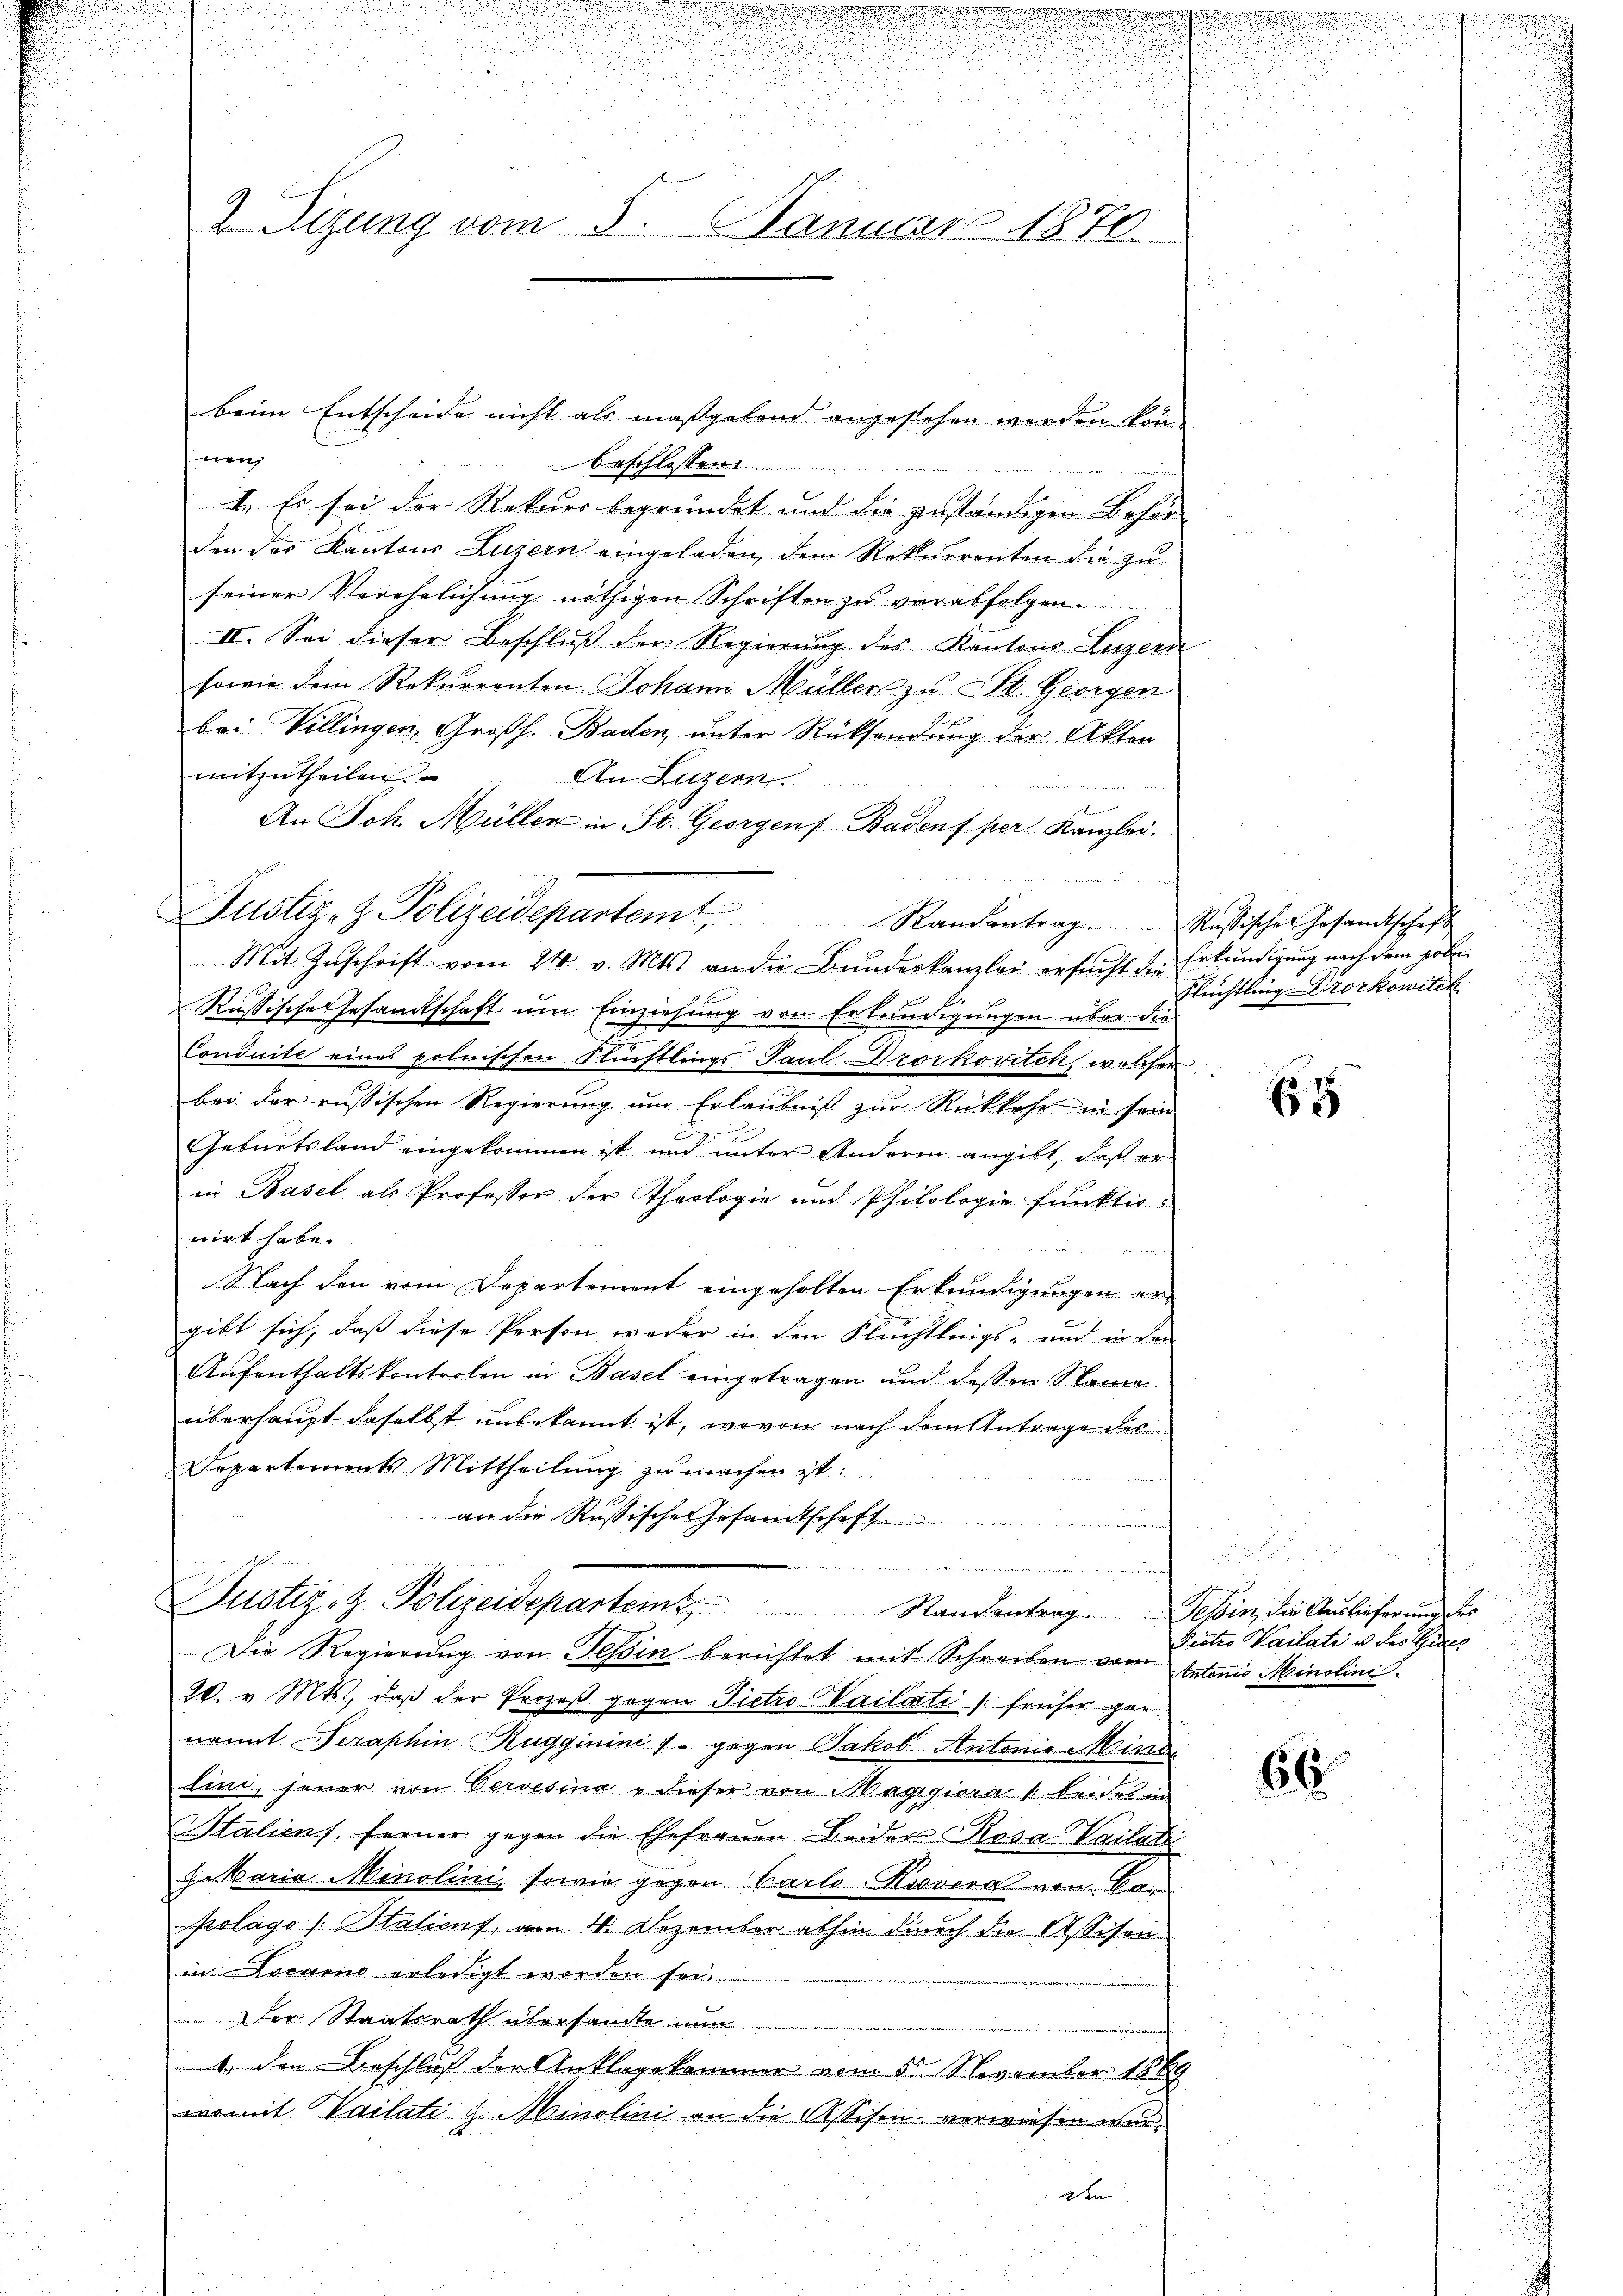
d

g
beschlossen:
I. Es sei der Rekurs begründet und die zuständigen Behörden das Kantons Luzern eingeladen, dem Rekurrenten die zu
seiner Verehrlichung nöthigen Schriften zu verabfolgen.
II. Sei dieser Beschluss der Regierung des Kantons Luzern
sowie dem Rekurrenten Johann Müller zu St. Georgen
bei Villingen, Großh. Baden, unter Rücksendung der Akten
mitzutheilen.
An Luzern

An Joh. Müller in St. Georgens Badens per Kanzlei.
Randantrag. Russischer Gesandtschaft
Mit Zuschrift vom 24. v. Mts. an die Bundeskanzlei ersucht der Erkundigung nach dem pol
Russische Gesamtschaft um Einziehung von Erkundigungen über die
Conduite eines polnischen Flüchtlings Paul Drorkovitch, welcher
bei der russischen Regierung um Erlaubniß zur Rückkehr in sein
Geburtsland eingekommen ist und unter Andern angibt, daß er
in Basel als Professor der Theologie und Philologie funktio
nirt habe.
t
Nach den vom Departement eingeholten Erkundigungen ergibt sich, daß diese Person weder in den Flüchtlings- und in dem
Aufenthaltskontrolen in Basel eingetragen und dessen Name
überhaupt daselbst unbekannt ist, wovon nach dem Antrage des
Departements Mittheilung zu machen ist.
an die Russische Gesamtschaft
.
Justiz- & Polizeidepartem Randantrag. Gelin, die Auslieferung der
Die Regierung von Teßin berichtet mit Schreiben vom Antonio Minolini
20. v. Mts., daß der Prozeß gegen Pietro ailcati (früher ger
nannt eraphin Rugginini - gegen Jakob Antonie Minde
lini, jener von Pervesina u dieser von Maggiora beides in
Haliens, ferner gegen die Ehefrauen Beider Rosa Vailati
setaria Minolini, sowie gegen Carlo-Kivera von Cor
polago (Stalicus, am 4. Dezember abhin durch die Assisen
in Locarno erledigt worden sei.
Der Staatsrath übersandte nun
4. den Beschluß der Anklagskommer vom 5. November 1889
womit Vailati g. Minolini an die Assisen verwiesen wurden

n

25.

2. Sitzung vom 5. Januar 1870.

Justiz- & Polizeidepartemt,

beim Entscheide nicht als maßgebend angestehen werden kön

Flüchtling Drorkowitch

E

Pictio Kailati u. des Gutes

66

d